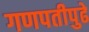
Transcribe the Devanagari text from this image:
गणपतीपुढे